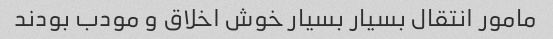
مامور انتقال بسیار بسیار خوش اخلاق و مودب بودند